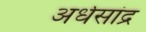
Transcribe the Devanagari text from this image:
अर्धसांद्र